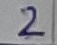
Text: 2